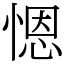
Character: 𢞴